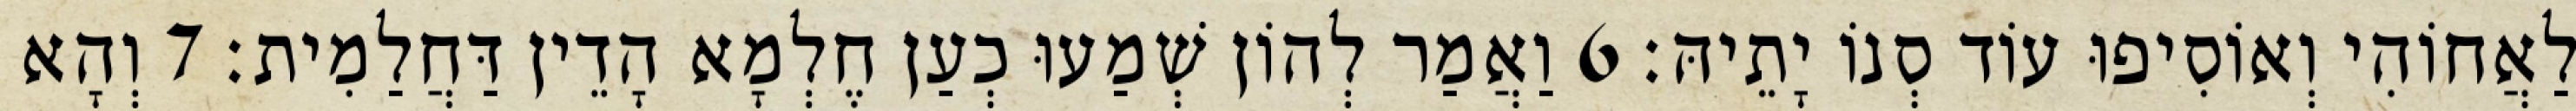
לַאֲחוֹהִי וְאוֹסִיפוּ עוֹד סְנוֹ יָתֵיהּ׃ 6 וַאֲמַר לְהוֹן שְׁמַעוּ כְעַן חֶלְמָא הָדֵין דַּחֲלַמִית׃ 7 וְהָא